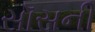
સૉસની